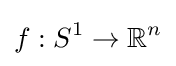
f:S^{1}\rightarrow \mathbb {R} ^{n}